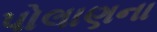
પોલાણના